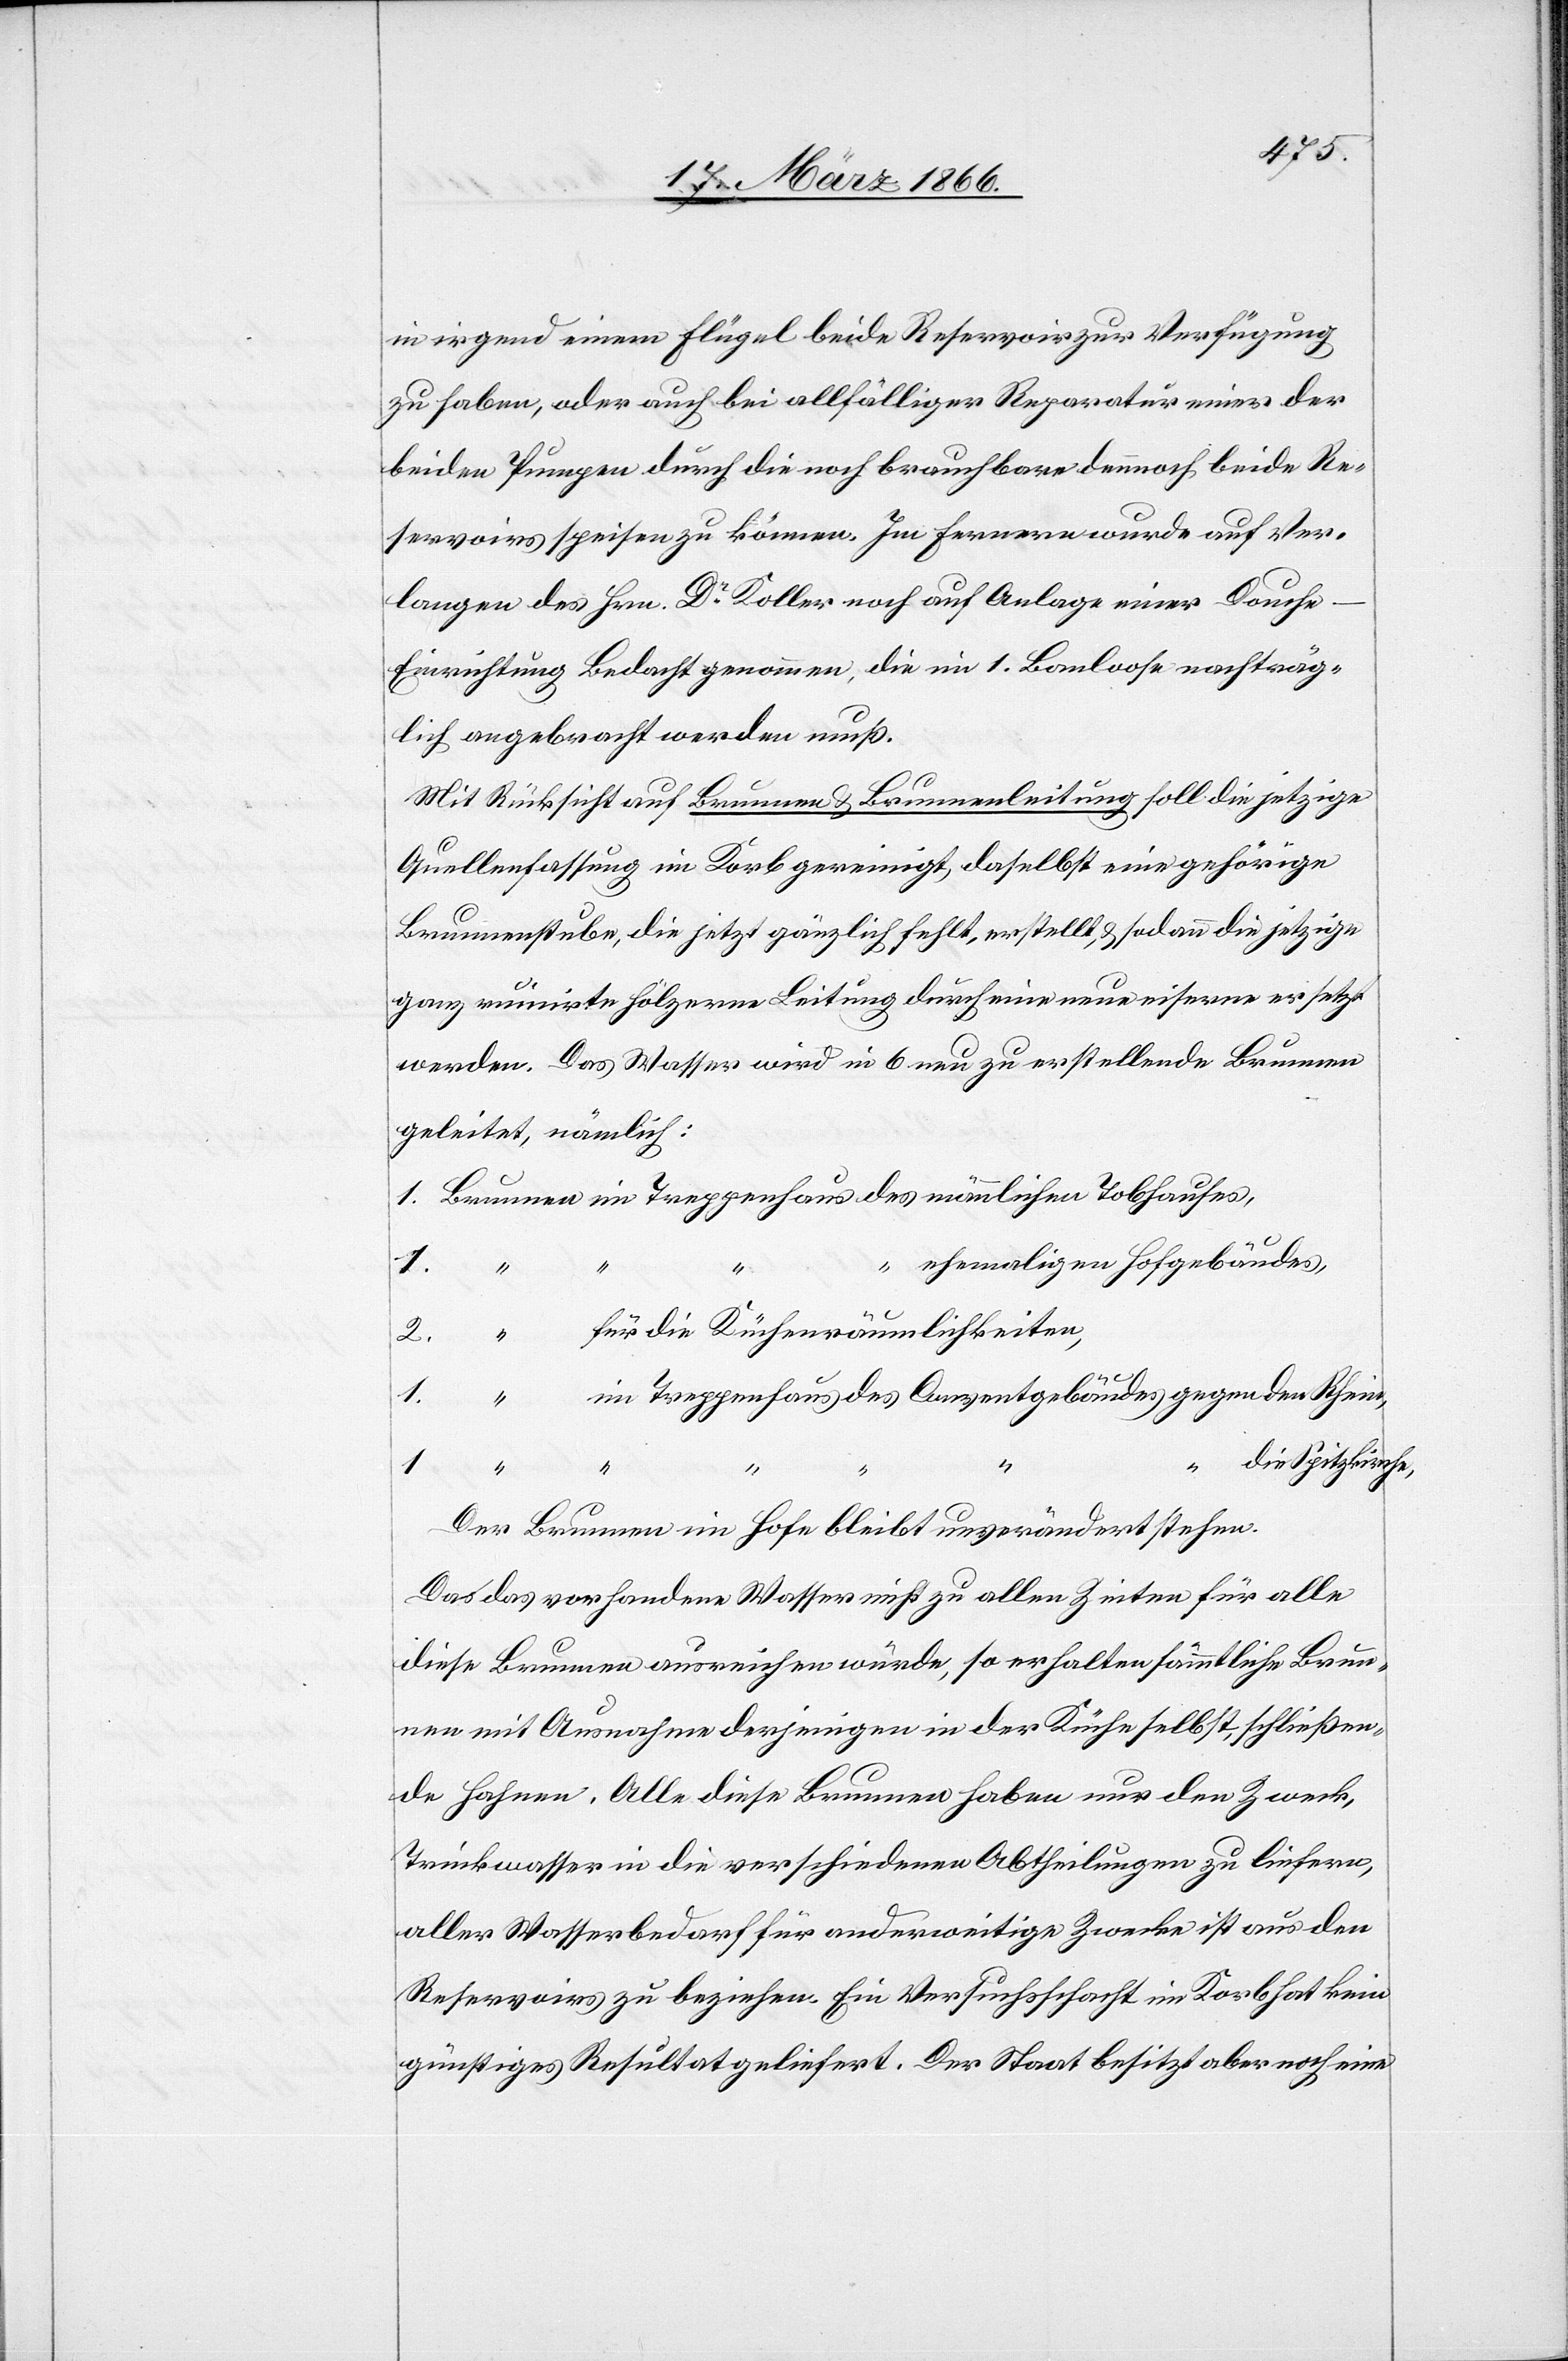
in irgend einem Flügel beide Reservoir zur Verfügung
zu haben, oder auch bei allfälliger Reparatur einer der
beiden Pumpen durch die noch brauchbare dennoch beide Re¬
servoirs speisen zu können. Im Fernern wurde auf Ver¬
langen des Hrn. Dr. Koller noch auf Anlage einer Douch¬
e–Einrichtung Bedacht genommen, die im 1. Bauloose nachträg¬
lich angebracht werden muß.
Mit Rücksicht auf Brunnen u. Brunnenleitung soll die jetzige
Quellenfassung im Korb gereinigt, daselbst eine gehörige
Brunnenstube, die jetzt gänzlich fehlt, erstellt, u. sodann die jetzige
ganz ruinirte hölzerne Leitung durch eine neue eiserne ersetzt
werden. Das Wasser wird in 6 neu zu erstellende Brunnen
geleitet, nämlich:
1. Brunnen im Treppenhaus des männlichen Tobhauses,
ehemaligen Hofgebäudes,
2.
n] für die Küchenräumlichkeiten,
1.
im Treppenhaus des Conventgebäudes gegen den Rhein,
“ “ “
“ die Spitzkirche,
1.
Der Brunnen im Hofe bleibt unverändert stehen.
Das das vorhandene Wasser nicht zu allen Zeiten für alle
diese Brunnen ausreichen würde, so erhalten sämmtliche Brun¬
nen mit Ausnahme derjenigen in der Küche selbst, schließen¬
de Hahnen. Alle diese Brunnen haben nur den Zweck,
Trinkwasser in die verschiedenen Abtheilungen zu liefern,
aller Wasserbedarf für anderweitige Zwecke ist aus den
Reservoirs zu beziehen. Ein Versuchsschacht im Korb hat kein
günstiges Resultat geliefert. Der Staat besitzt aber noch eine